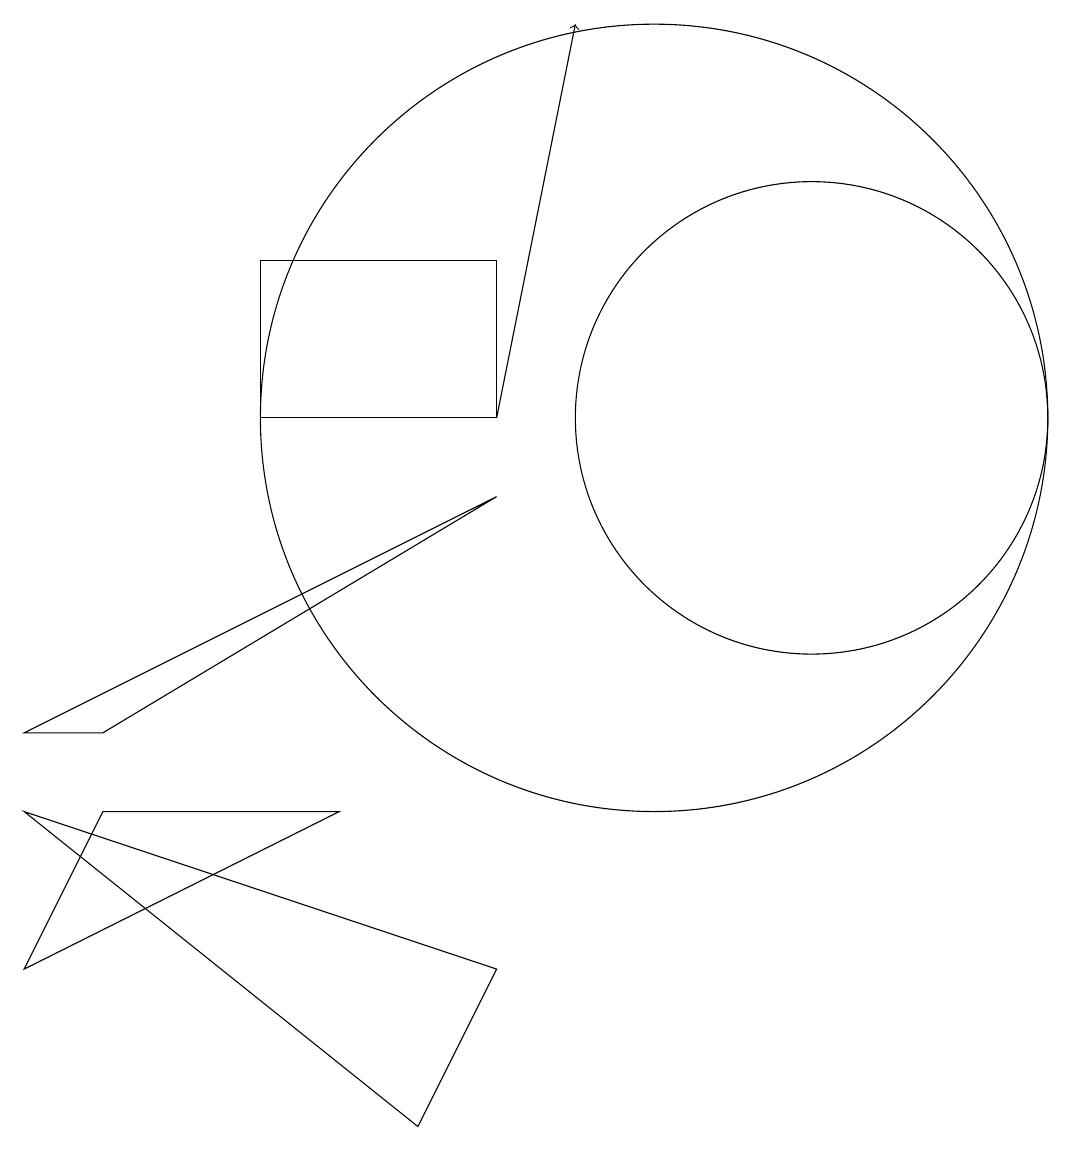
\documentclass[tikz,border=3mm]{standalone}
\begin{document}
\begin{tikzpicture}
\draw[->] (8,10) -- (9,15);
\draw (10,10) circle (5);
\draw (3,6) -- (8,9) -- (2,6) -- cycle;
\draw (7,1) -- (2,5) -- (8,3) -- cycle;
\draw (12,10) circle (3);
\draw (8,10) rectangle (5,12);
\draw (3,5) -- (2,3) -- (6,5) -- cycle;
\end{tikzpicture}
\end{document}